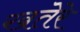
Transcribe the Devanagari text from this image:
खतेरे